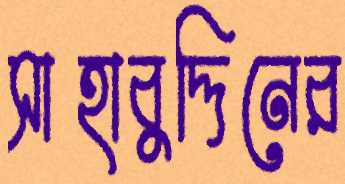
সাহাবুদ্দিনের